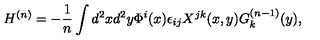
H ^ { ( n ) } = - \frac { 1 } { n } \int d ^ { 2 } x d ^ { 2 } y \Phi ^ { i } ( x ) \epsilon _ { i j } X ^ { j k } ( x , y ) G _ { k } ^ { ( n - 1 ) } ( y ) ,